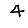
Digit: 4